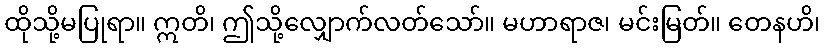
ထိုသို့မပြုရာ။ ဣတိ၊ ဤသို့လျှောက်လတ်သော်။ မဟာရာဇ၊ မင်းမြတ်။ တေနဟိ၊